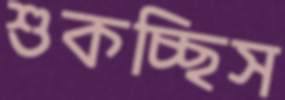
শুকচ্ছিস